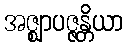
အဇ္ဈာပဇ္ဇန္တိယာ